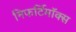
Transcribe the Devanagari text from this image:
निफर्टिमॉक्स